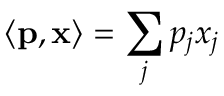
\langle \mathbf { p } , \mathbf { x } \rangle = \sum _ { j } p _ { j } x _ { j }